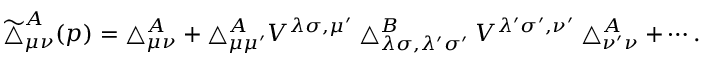
\widetilde { \bigtriangleup } _ { \mu \nu } ^ { A } ( p ) = \bigtriangleup _ { \mu \nu } ^ { A } + \bigtriangleup _ { \mu \mu ^ { \prime } } ^ { A } V ^ { \lambda \sigma , \mu ^ { \prime } } \bigtriangleup _ { \lambda \sigma , \lambda ^ { \prime } \sigma ^ { \prime } } ^ { B } V ^ { \lambda ^ { \prime } \sigma ^ { \prime } , \nu ^ { \prime } } \bigtriangleup _ { \nu ^ { \prime } \nu } ^ { A } + \cdots .